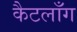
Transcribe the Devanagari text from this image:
कैटलाँग